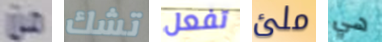
من تشك تفعل ملئ هي